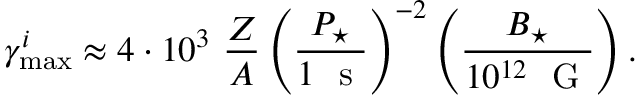
\gamma _ { \mathrm { m a x } } ^ { i } \approx 4 \cdot 1 0 ^ { 3 } ~ \frac { Z } { A } \left( \frac { P _ { \star } } { 1 ~ \textrm { s } } \right) ^ { - 2 } \left( \frac { B _ { \star } } { 1 0 ^ { 1 2 } ~ \textrm { G } } \right) .